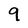
Character: q